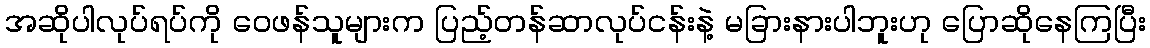
အဆိုပါလုပ်ရပ်ကို ဝေဖန်သူများက ပြည့်တန်ဆာလုပ်ငန်းနဲ့ မခြားနားပါဘူးဟု ပြောဆိုနေကြပြီး